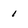
Character: 1